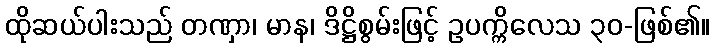
ထိုဆယ်ပါးသည် တဏှာ၊ မာန၊ ဒိဋ္ဌိစွမ်းဖြင့် ဥပက္ကိလေသ ၃၀-ဖြစ်၏။